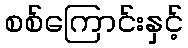
စစ်ကြောင်းနှင့်